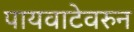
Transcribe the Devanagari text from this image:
पायवाटेवरुन